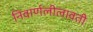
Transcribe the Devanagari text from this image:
निवार्णलीलावती